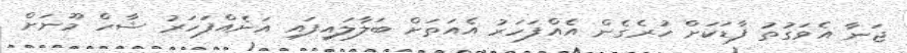
ޖަނާ އެވަގުތު ފާޑަކަށް ހުރެގެން އެއްފަހަރު އެއަތަށް ބަލާލައިފައި އަނެއްފަހަރު ޝާހް މޫނަށް